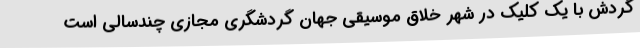
گردش با یک کلیک در شهر خلاق موسیقی جهان گردشگری مجازی چندسالی است